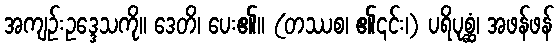
အကျဉ်းဥဒ္ဒေသကို။ ဒေတိ၊ ပေး၏။ (တဿစ၊ ၏၎င်း၊) ပရိပုစ္ဆံ၊ အဖန်ဖန်